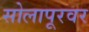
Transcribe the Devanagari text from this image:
सोलापूरवर